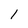
Character: l